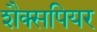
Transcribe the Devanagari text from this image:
शैक्सपियर